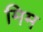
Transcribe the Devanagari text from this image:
मिम